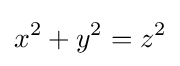
x^{2}+y^{2}=z^{2}